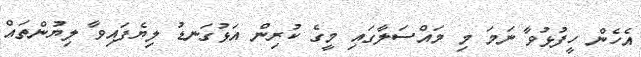
އެހެން ހީފުޅުވާ ނަމަ މި މައްސަލާގައި މީގެ ކުރިން އަޅުގަނޑު ލިޔެފައިވާ ލިޔުންތައް